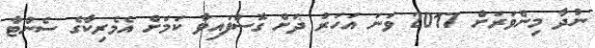
ނުދާ މިންވަރަށް 2017 ވަނަ އަހަރު ދަށް ގޮސްފައިވާ ކަމަށް އެމެރިކާގެ ސެންޓާ